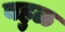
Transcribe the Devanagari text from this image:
बहुळ